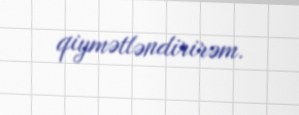
qiymətləndirirəm.